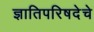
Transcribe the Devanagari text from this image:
ज्ञातिपरिषदेचे